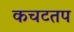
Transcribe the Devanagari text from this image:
कचटतप